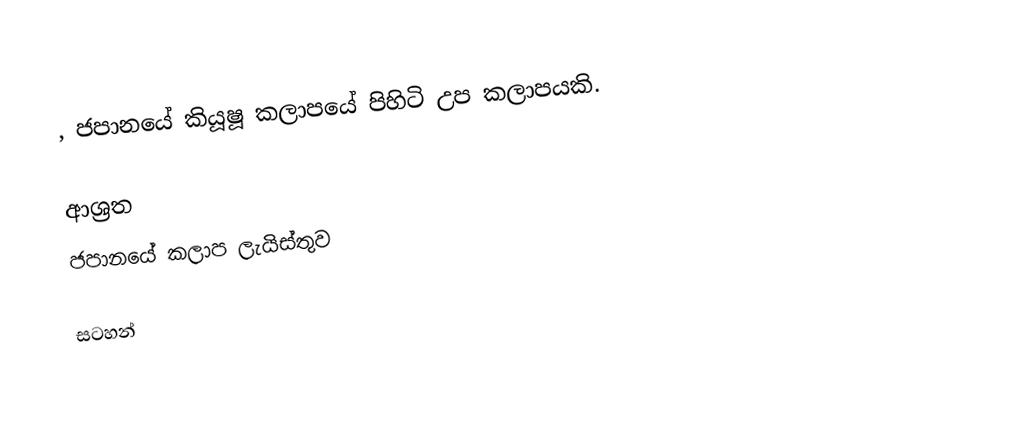
, ජපානයේ කියූෂූ කලාපයේ පිහිටි උප කලාපයකි.

ආශ්‍රත
 ජපානයේ කලාප ලැයිස්තුව

සටහන්